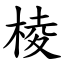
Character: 棱